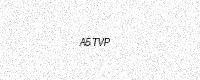
Text: A5TVP